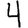
Digit: 4